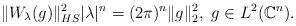
LaTeX: \begin{align*} \|W_{\lambda}(g)\|^2_{HS}|\lambda|^n=(2\pi)^n\|g\|_2^2, ~g\in L^2(\mathbb{C}^n).\end{align*}